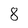
Character: 8